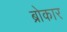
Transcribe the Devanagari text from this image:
ब्रोकार